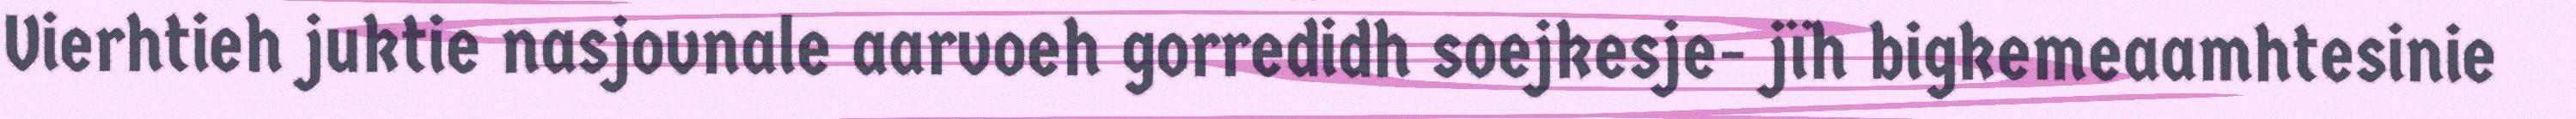
Vierhtieh juktie nasjovnale aarvoeh gorredidh soejkesje- jïh bigkemeaamhtesinie